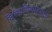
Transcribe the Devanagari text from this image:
जिल्हाधिकाऱ्याचे